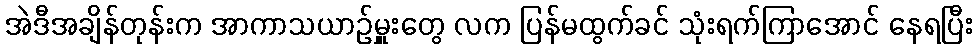
အဲဒီအချိန်တုန်းက အာကာသယာဉ်မှူးတွေ လက ပြန်မထွက်ခင် သုံးရက်ကြာအောင် နေရပြီး